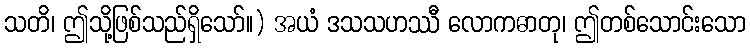
သတိ၊ ဤသို့ဖြစ်သည်ရှိသော်။) အယံ ဒသသဟဿီ လောကဓာတု၊ ဤတစ်သောင်းသော